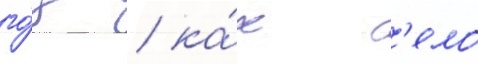
го́д / ка́к с'ело